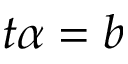
t \alpha = b